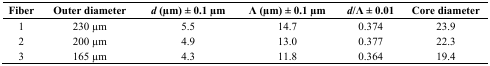
<table><thead><tr><td><b>Fiber</b></td><td><b>Outer diameter</b></td><td><b><i>d</i> (μm) ± 0.1 μm</b></td><td><b>Λ (μm) ± 0.1 μm</b></td><td><b><i>d</i>/Λ ± 0.01</b></td><td><b>Core diameter</b></td></tr></thead><tbody><tr><td>1</td><td>230 μm</td><td>5.5</td><td>14.7</td><td>0.374</td><td>23.9</td></tr><tr><td>2</td><td>200 μm</td><td>4.9</td><td>13.0</td><td>0.377</td><td>22.3</td></tr><tr><td>3</td><td>165 μm</td><td>4.3</td><td>11.8</td><td>0.364</td><td>19.4</td></tr></tbody></table>